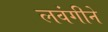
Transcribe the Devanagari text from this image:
लवंगीने